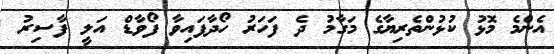
އެންމެ މޮޅު ކުޅުންތެރިޔާގެ މަގާމު ދެ ފަހަރު ހޯދާފައިވާ ފޯވާޑް އަލީ ފާސިރު